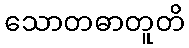
သောတဓာတူတိ